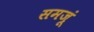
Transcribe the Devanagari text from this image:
समजूं